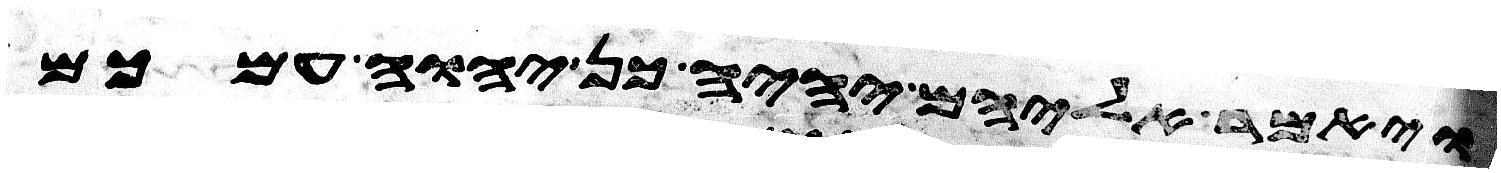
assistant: ויאמר אליהם יהיה כן יהוה עמכם